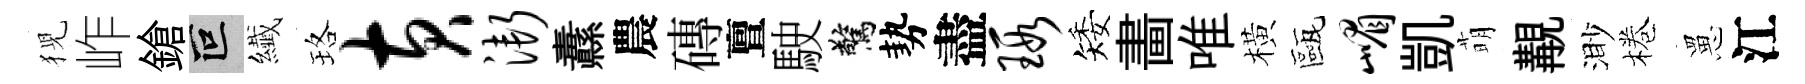
猊岞鎗叵纎珞黄渐纛農磚亶駛驚勢盡瑕矮畵唯橫甌嵋凱萌覯渺棬罳江